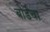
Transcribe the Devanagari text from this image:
बोर्डचा